Annual administration report of the Civil Veterinary Department of India - 1903-1904
Year: 1903
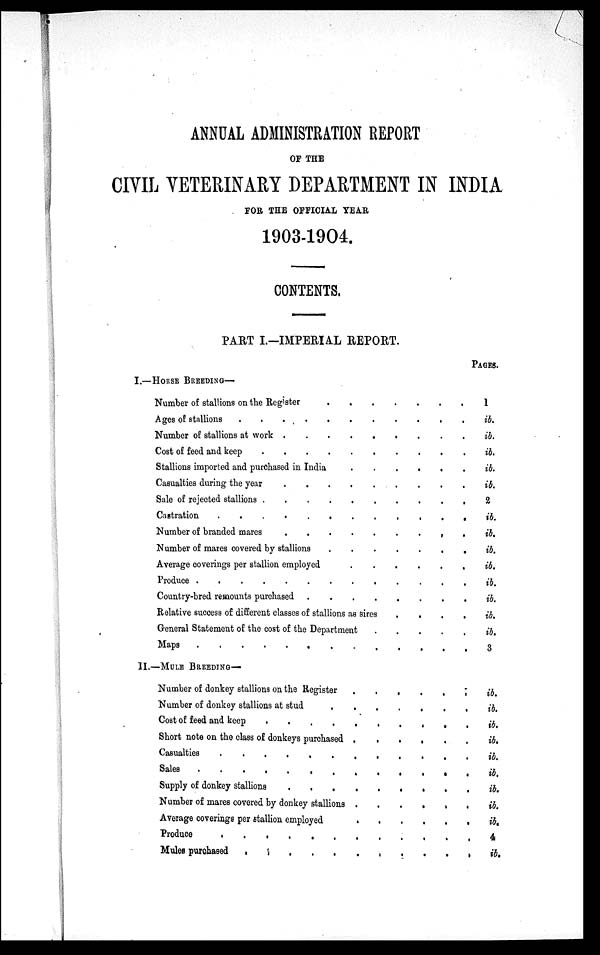
ANNUAL ADMINISTRATION REPORT
OF THE
CIVIL VETERINARY DEPARTMENT IN INDIA
FOR THE OFFICIAL YEAR
1903-1904.
CONTENTS.
PART I.—IMPERIAL REPORT.
I.—HORSE BREEDING—
Number of stallions on the Register
.
.
.
.
.
.
.
.
Ages of stallions . . . . . . . .
Number of stallions at work . . . . . . .
Cost of feed and keep . . . . . . .
Stallions imported and purchased in India
.
.
.
.
.
.
Casualties during the year . . . . . . . . .
Sale of rejected stallions . . . . . . . .
Castration . . . . . . .
Number of branded mares
.
.
.
.
.
.
Number of mares covered by stallions
Average coverings per stallion employed
.
.
.
.
.
Produce . . . . . . . . . . . .
Country-bred remounts purchased . . . . . . . .
Relative success of different classes of stallions as sires
.
.
.
.
General Statement of the cost of the Department
.
.
.
.
Maps . . . . . . . . . .
II.—MULE BREEDING—
Number of donkey stallions on the Register
.
.
.
.
.
.
Number of donkey stallions at stud
.
.
.
.
.
.
.
Cost of feed and keep . . . . . . .
Short note on the class of donkeys purchased
.
.
.
.
.
Casualties . . . . . . . . . .
Sales . . . . . . . . . . . . . .
Supply of donkey stallions
.
.
.
.
.
.
.
.
Number of mares covered by donkey stallions . . . . . .
Average coverings per stallion employed
.
.
.
.
.
Produce . . . . . . . .
Mules purchased
.
.
.
.
.
.
.
.
.
PAGES.
1
ib.
ib.
ib.
ib.
ib.
2
ib.
ib.
ib.
ib.
ib.
ib.
ib.
ib.
3
ib.
ib.
ib.
ib.
ib.
ib.
ib.
ib.
ib.
4.
ib.